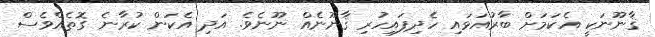
ޤާނޫނަކީ އެކަމަށް ބާރުއަޅައި ހެދިފައިހުރި ޤާނޫނެއް ނޫނެވެ. އަދި އެކަން ކުރާނެ ގޮތެއްވެސް